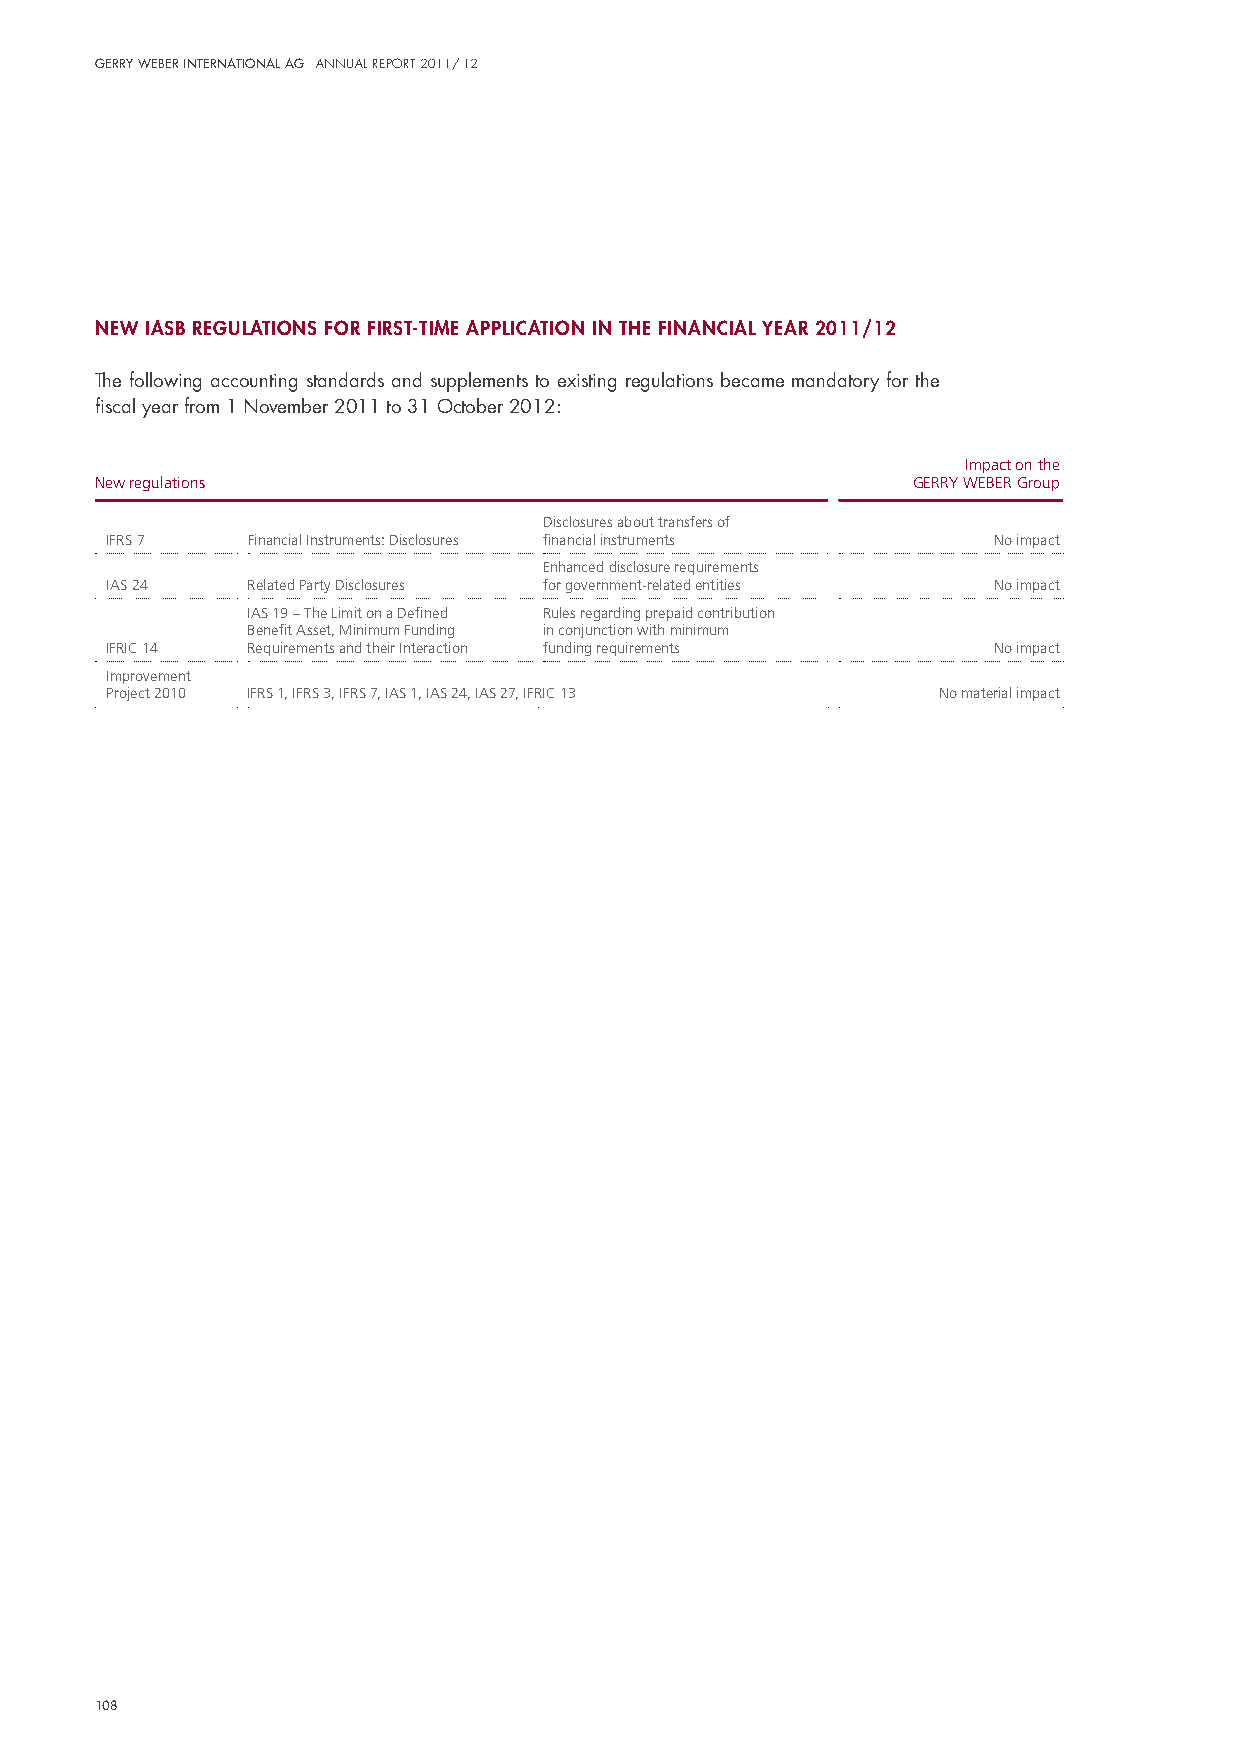
Gerry Weber InternatIonal aG annual report 2011/ 12
 new IasB regulatIons for fIrst-tIme applIcatIon In the fInancIal year 2011/12
 The following accounting standards and supplements to existing regulations became mandatory for the
 fiscal year from 1 november 2011 to 31 october 2012:
 Impact on the
 New regulations                                       GERRY WEBER Group
 Disclosures about transfers of
 IFRS 7   Financial Instruments: Disclosures financial instruments No impact
 Enhanced disclosure requirements
 IAS 24   Related Party Disclosures for government-related entities No impact
 IAS 19 – The Limit on a Defined Rules regarding prepaid contribution
 Benefit Asset, Minimum Funding in conjunction with minimum
 IFRIC 14 Requirements and their Interaction funding requirements No impact
 I mprovement
 Project 2010 IFRS 1, IFRS 3, IFRS 7, IAS 1, IAS 24, IAS 27, IFRIC 13 No material impact
 108